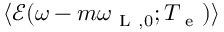
\langle \mathcal { E } ( \omega - m \omega _ { \mathrm { ~ L ~ } , 0 } ; T _ { \mathrm { ~ e ~ } } ) \rangle